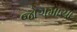
જોગમાયા